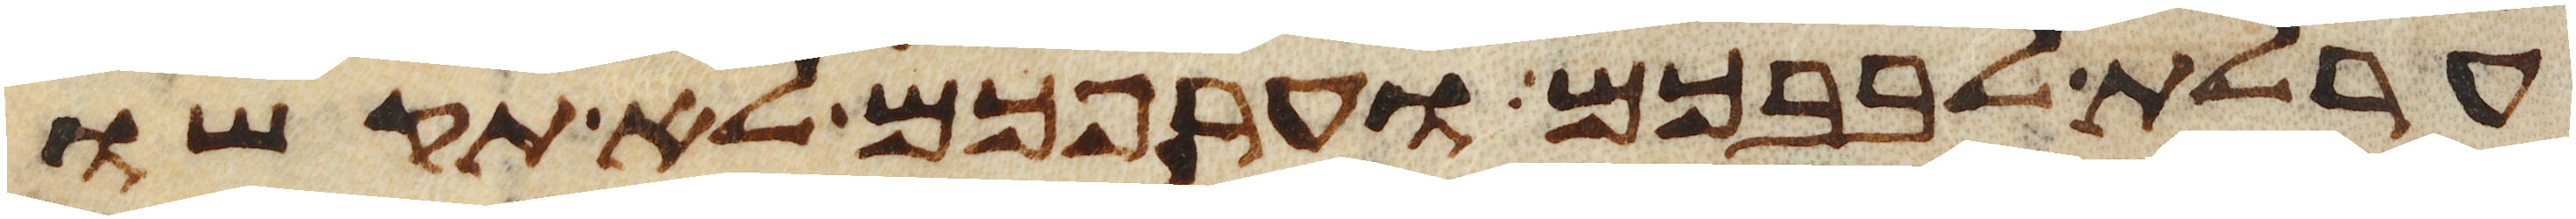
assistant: ערלת לבבכם וערפכם לא תקשו